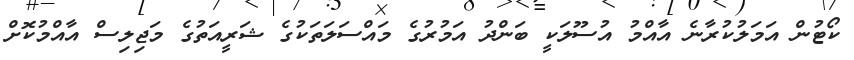
ކޯޓުން އަމަލުކުރާނެ އާއްމު އުސޫލަކީ ބަންދު އަމުރުގެ މައްސަލަތަކުގެ ޝަރީއަތުގެ މަޖިލިސް އާއްމުކޮށް